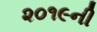
૨૦૧૯ની